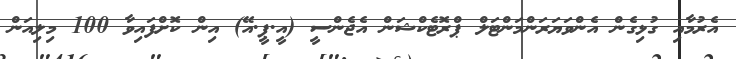
އެރުމާއި ގުޅިގެން އެންވަޔަރަންމަންޓަލް ޕްރޮޓެކްޝަން އެޖެންސީ (އީ.ޕީ.އޭ) އިން ކޮށްފައިވާ 100 މިލިއަން